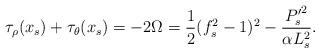
LaTeX: \begin{align*}\tau_{\rho}(x_s) + \tau_{\theta}(x_s) = - 2 \Omega = \frac{1}{2} (f_s^2 -1)^2 - \frac{{P_s'}^2}{\alpha L_s^2}.\end{align*}